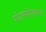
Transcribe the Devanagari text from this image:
सेटलमेंट्‌समध्ये